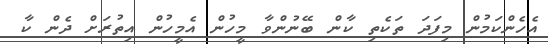
އެހެންކަމުން މިފަދަ ތަކެތި ކާން ބޭނުންވާ މީހުން އެމީހުން އިތުރަށް ދެން ކާ